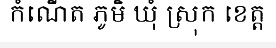
កំណើត ភូមិ ឃុំ ស្រុក ខេត្ត